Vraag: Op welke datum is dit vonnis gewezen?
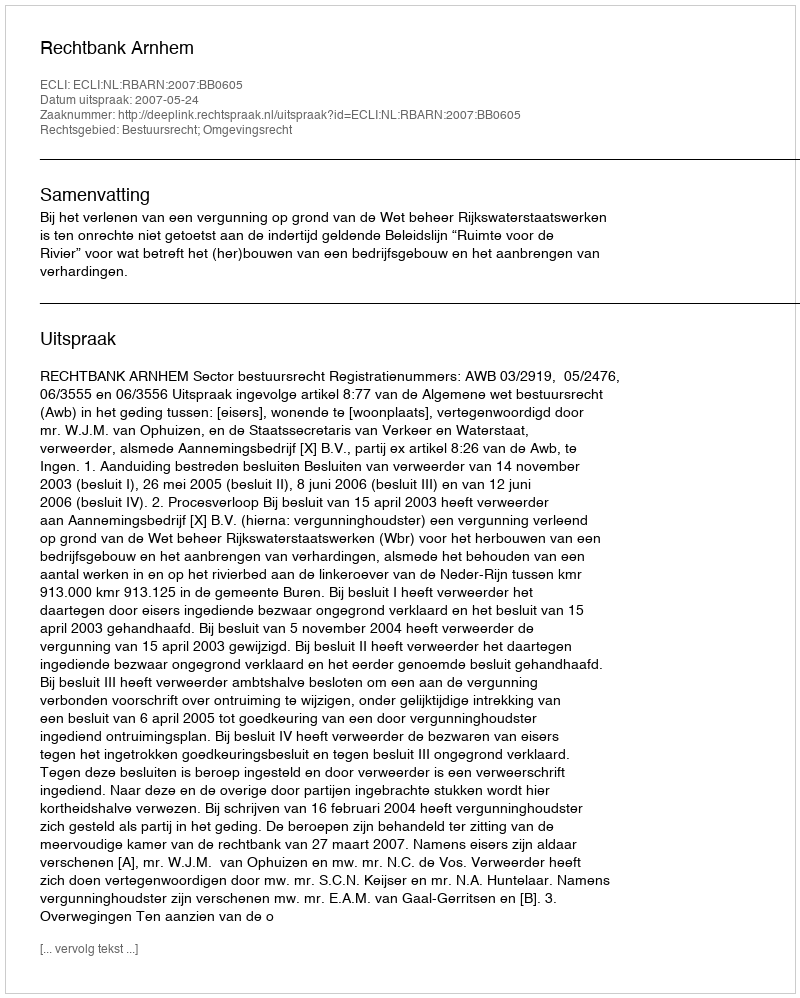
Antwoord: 2007-05-24